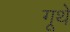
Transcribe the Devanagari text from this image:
गूथे